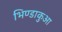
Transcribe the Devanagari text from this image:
भिण्डाकुआ